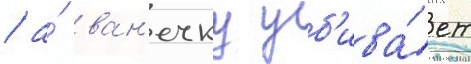
/ а́ ван'ечку уб'ива́ет